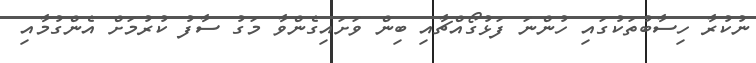
ނުކުރާ ހިސާބުތަކުގައި ހުންނަ ފަޅުގޯއްޗާއި ބިން ވަށައިގެންވާ މަގު ސާފު ކުރުމަށް އެންގުމާއި